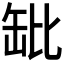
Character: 𬙌